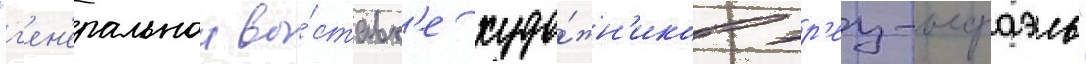
"г'ен'еральнои вы́ставк'е худо́жн'иков эр'ец-исраэль"